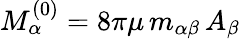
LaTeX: M_{\alpha}^{(0)}=8\pi\mu\, m_{\alpha\beta}\, A_{\beta}